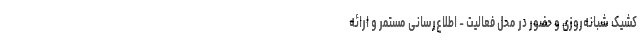
کشیک شبانه‌روزی و حضور در محل فعالیت - اطلاع‌رسانی مستمر و ارائه